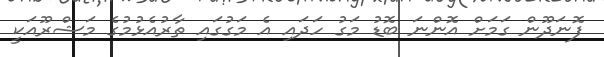
ފޮނަދޫން ގަމަށް އޮންނަ ބޮޑު މަގު ހަދައި އެ މަގުގައި ތާރުއެޅުމުގެ މަޝްރޫއަކީ